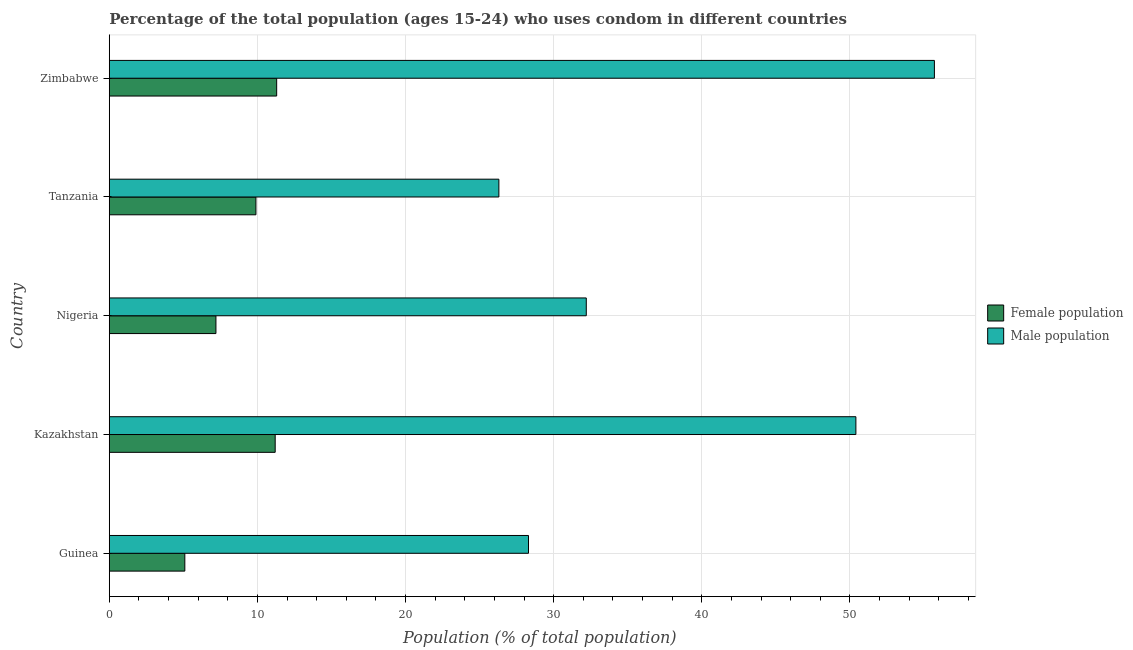
| Country | Female population | Male population |
 | --- | --- | --- |
 | Guinea | 5.1 | 28.3 |
 | Kazakhstan | 11.2 | 50.4 |
 | Nigeria | 7.2 | 32.2 |
 | Tanzania | 9.9 | 26.3 |
 | Zimbabwe | 11.3 | 55.7 |